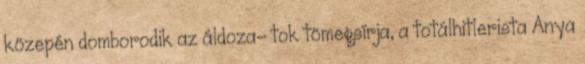
közepén domborodik az áldoza- tok tömegsírja, a totálhitlerista Anya